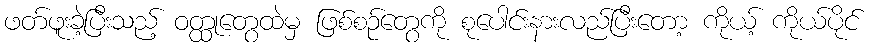
ဖတ်ဖူးခဲ့ပြီးသည့် ဝတ္ထုတွေထဲမှ ဖြစ်စဉ်တွေကို စုပေါင်းနားလည်ပြီးတော့ ကိုယ့် ကိုယ်ပိုင်